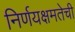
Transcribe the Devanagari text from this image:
निर्णयक्षमतेची